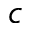
c